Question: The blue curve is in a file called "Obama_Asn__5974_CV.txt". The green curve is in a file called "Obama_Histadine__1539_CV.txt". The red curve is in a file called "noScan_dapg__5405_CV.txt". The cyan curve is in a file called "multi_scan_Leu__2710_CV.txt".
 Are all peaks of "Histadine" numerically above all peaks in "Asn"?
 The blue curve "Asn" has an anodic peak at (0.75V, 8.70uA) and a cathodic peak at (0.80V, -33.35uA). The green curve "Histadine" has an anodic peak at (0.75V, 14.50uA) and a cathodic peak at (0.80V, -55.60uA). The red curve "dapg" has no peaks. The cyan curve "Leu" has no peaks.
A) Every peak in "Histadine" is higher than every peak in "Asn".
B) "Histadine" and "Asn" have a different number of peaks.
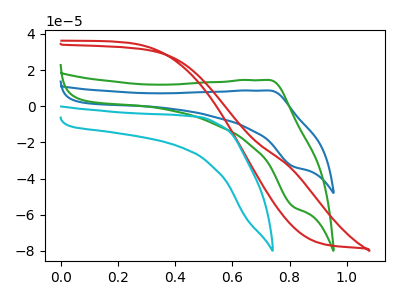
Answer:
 <answer>A) Every peak in "Histadine" is higher than every peak in "Asn".</answer>
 <eval>A</eval>